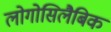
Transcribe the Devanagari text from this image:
लोगोसिलैबिक